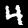
Digit: 4